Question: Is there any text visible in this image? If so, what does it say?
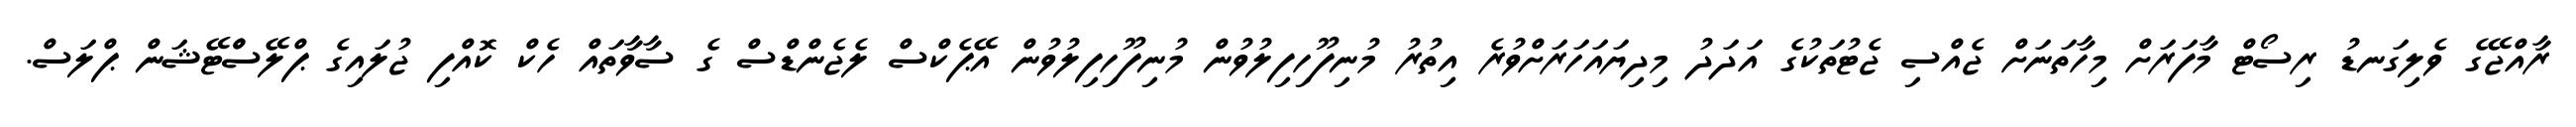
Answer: ރާއްޖޭގެ ވެލިގަނޑު ރިސޯޓް މާފަރަށް މިހާތަނަށް ޖެއްސި ޖެޓުތަކުގެ އަދަދު މިދިޔައަހަރަށްވުރެ އިތުރު މުނިފޫހިފިލުވުން މުނިފޫހިފިލުވުން އޭޕެކްސް ލެޖެންޑްސް ގެ ސާވާތައް ހެކް ކޮއްފި ޖުލައިގެ ޕްލޭސްްޓޭޝަން ޕްލަސް.